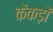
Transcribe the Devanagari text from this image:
केंकड़ों